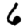
Digit: 6